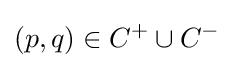
(p,q)\in C^{+}\cup C^{-}